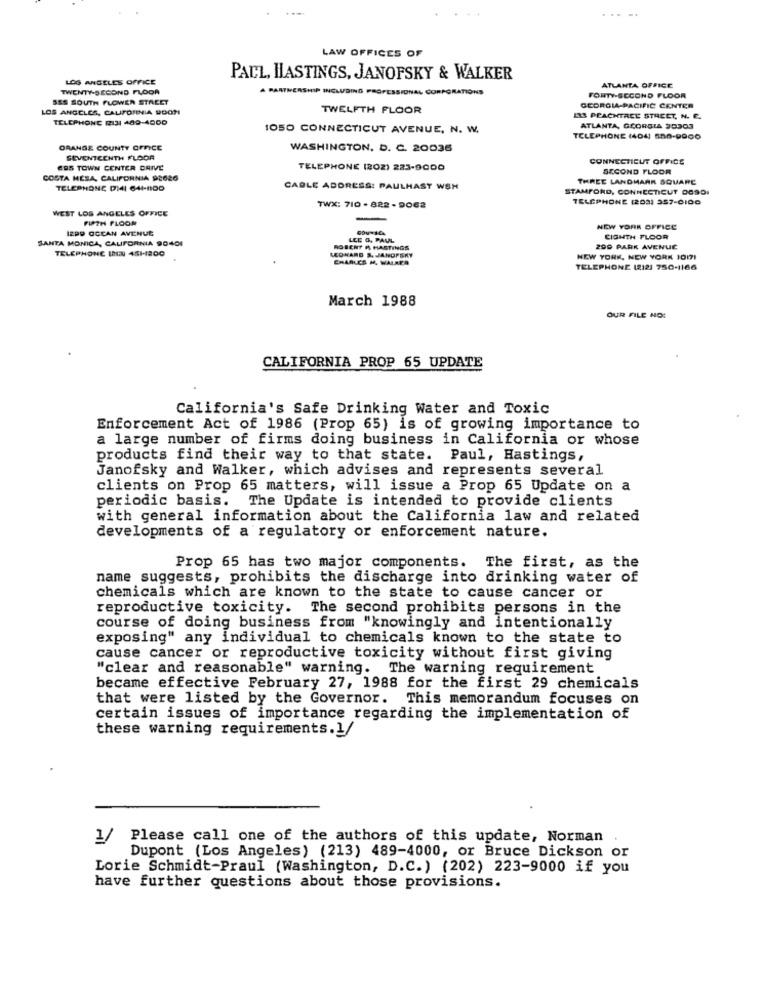
LAW OFFICES OF
LOS ANGELES OFFICE
PACL, HASTINGS, JANOFSKY & WALKER
TWENTY-SECOND FLOOR
A PARTNERSHIP INCLUDING PROFESSIONAL CORPORATIONS
ATLANTA OFFICE
SES SOUTH FLOWER STREET
FORTY-SECOND FLOOR
LOS ANGELES, CALIFORNIA DOO ?!
TWELFTH FLOOR
GEORGIA-PACIFIC CENTER
TELEPHONE 12131 480-4000
133 PEACHTREE STREET, N. E.
1050 CONNECTICUT AVENUE, N. W.
ATLANTA, GEORGIA 20303
TELEPHONE (4041 508-9900
ORANGE COUNTY OFFICE
WASHINGTON, D. C. 20036
SEVENTEENTH FLOOR
CONNECTICUT OFFICE
ERS TOWN CENTER DRIVE
TELEPHONE (202) 223-9000
SECOND FLOOR
COSTA MESA, CALIFORNIA 98026
THREE LANDMARK SQUARE
TELEPHONE DI41 641-1100
CABLE ADDRESS: PAULHASY WSH
STAMFORD, CONNECTICUT DOSDI
TELEPHONE (203) 357-0100
WEST LOS ANGELES OFFICE
TWX: 710 - 822 - 9062
FIFTH FLOOR
IZPP OCEAN AVENUE
NEW YORK OFFICE
SANTA MONICA, CALIFORNIA 90401
LEE G, PAUL
CIGHTH FLOOR
TELEPHONE ININ 451-1800
LEONARD S. JANOPERY
ROBERT M HASTINGS
200 PARK AVENUE
CHARLES H. WALRER
NEW YORK, NEW YORK 10171
TELEPHONE (212) 750-1166
March 1988
OUR FILE NO:
CALIFORNIA PROP 65 UPDATE
California's Safe Drinking Water and Toxic
Enforcement Act of 1986 (Prop 65) is of growing importance to
a large number of firms doing business in California or whose
products find their way to that state. Paul, Hastings,
Janofsky and Walker, which advises and represents several
clients on Prop 65 matters, will issue a Prop 65 Update on a
periodic basis. The Update is intended to provide clients
with general information about the California law and related
developments of a regulatory or enforcement nature.
Prop 65 has two major components. The first, as the
name suggests, prohibits the discharge into drinking water of
chemicals which are known to the state to cause cancer or
reproductive toxicity. The second prohibits persons in the
course of doing business from "knowingly and intentionally
exposing" any individual to chemicals known to the state to
cause cancer or reproductive toxicity without first giving
"clear and reasonable" warning. The warning requirement
became effective February 27, 1988 for the first 29 chemicals
that were listed by the Governor. This memorandum focuses on
certain issues of importance regarding the implementation of
these warning requirements.1/
1/ Please call one of the authors of this update, Norman
Dupont (Los Angeles) (213) 489-4000, or Bruce Dickson or
Lorie Schmidt-Praul (Washington, D.C.) (202) 223-9000 if you
have further questions about those provisions.